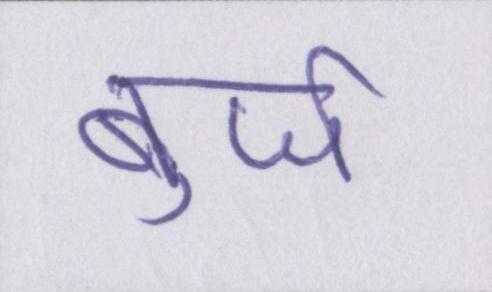
बुर्ज